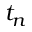
t _ { n }